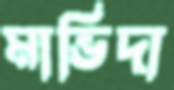
মাভিদা